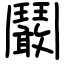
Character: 鬫